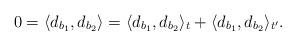
LaTeX: \begin{align*}0=\langle d_{b_1},d_{b_2} \rangle = \langle d_{b_1},d_{b_2} \rangle_t + \langle d_{b_1},d_{b_2} \rangle_{t'}.\end{align*}